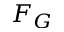
F _ { G }